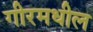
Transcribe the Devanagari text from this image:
गीरमधील